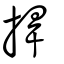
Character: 捍